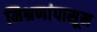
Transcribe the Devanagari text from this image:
मिश्रणांपासून